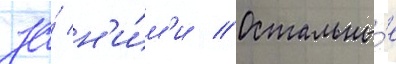
за́ н'и́м'и // Остальны́е